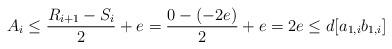
LaTeX: \begin{align*} A_{i}\le \dfrac{R_{i+1}-S_{i}}{2}+e=\dfrac{0-(-2e)}{2}+e=2e\le d[a_{1,i}b_{1,i}] \end{align*}